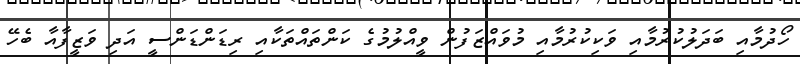
ހޯދުމާއި ބަދަލުކުރުމާއި ވަކިކުރުމާއި މުވައްޒަފުން ވީއްލުމުގެ ކަންތައްތަކާއި ރިޑަންޑަންސީ އަދި ވަޒީފާއާ ބެހޭ